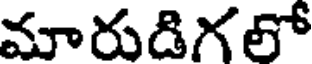
మారుడిగలో